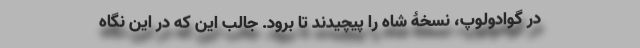
در گوادولوپ، نسخۀ شاه را پیچیدند تا برود. جالب این که در این نگاه